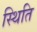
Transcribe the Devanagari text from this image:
स्थिति